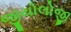
જીયોલોજી